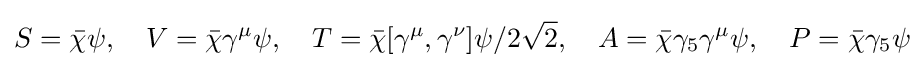
S={\bar {\chi }}\psi ,\quad V={\bar {\chi }}\gamma ^{\mu }\psi ,\quad T={\bar {\chi }}[\gamma ^{\mu },\gamma ^{\nu }]\psi /2{\sqrt {2}},\quad A={\bar {\chi }}\gamma _{5}\gamma ^{\mu }\psi ,\quad P={\bar {\chi }}\gamma _{5}\psi